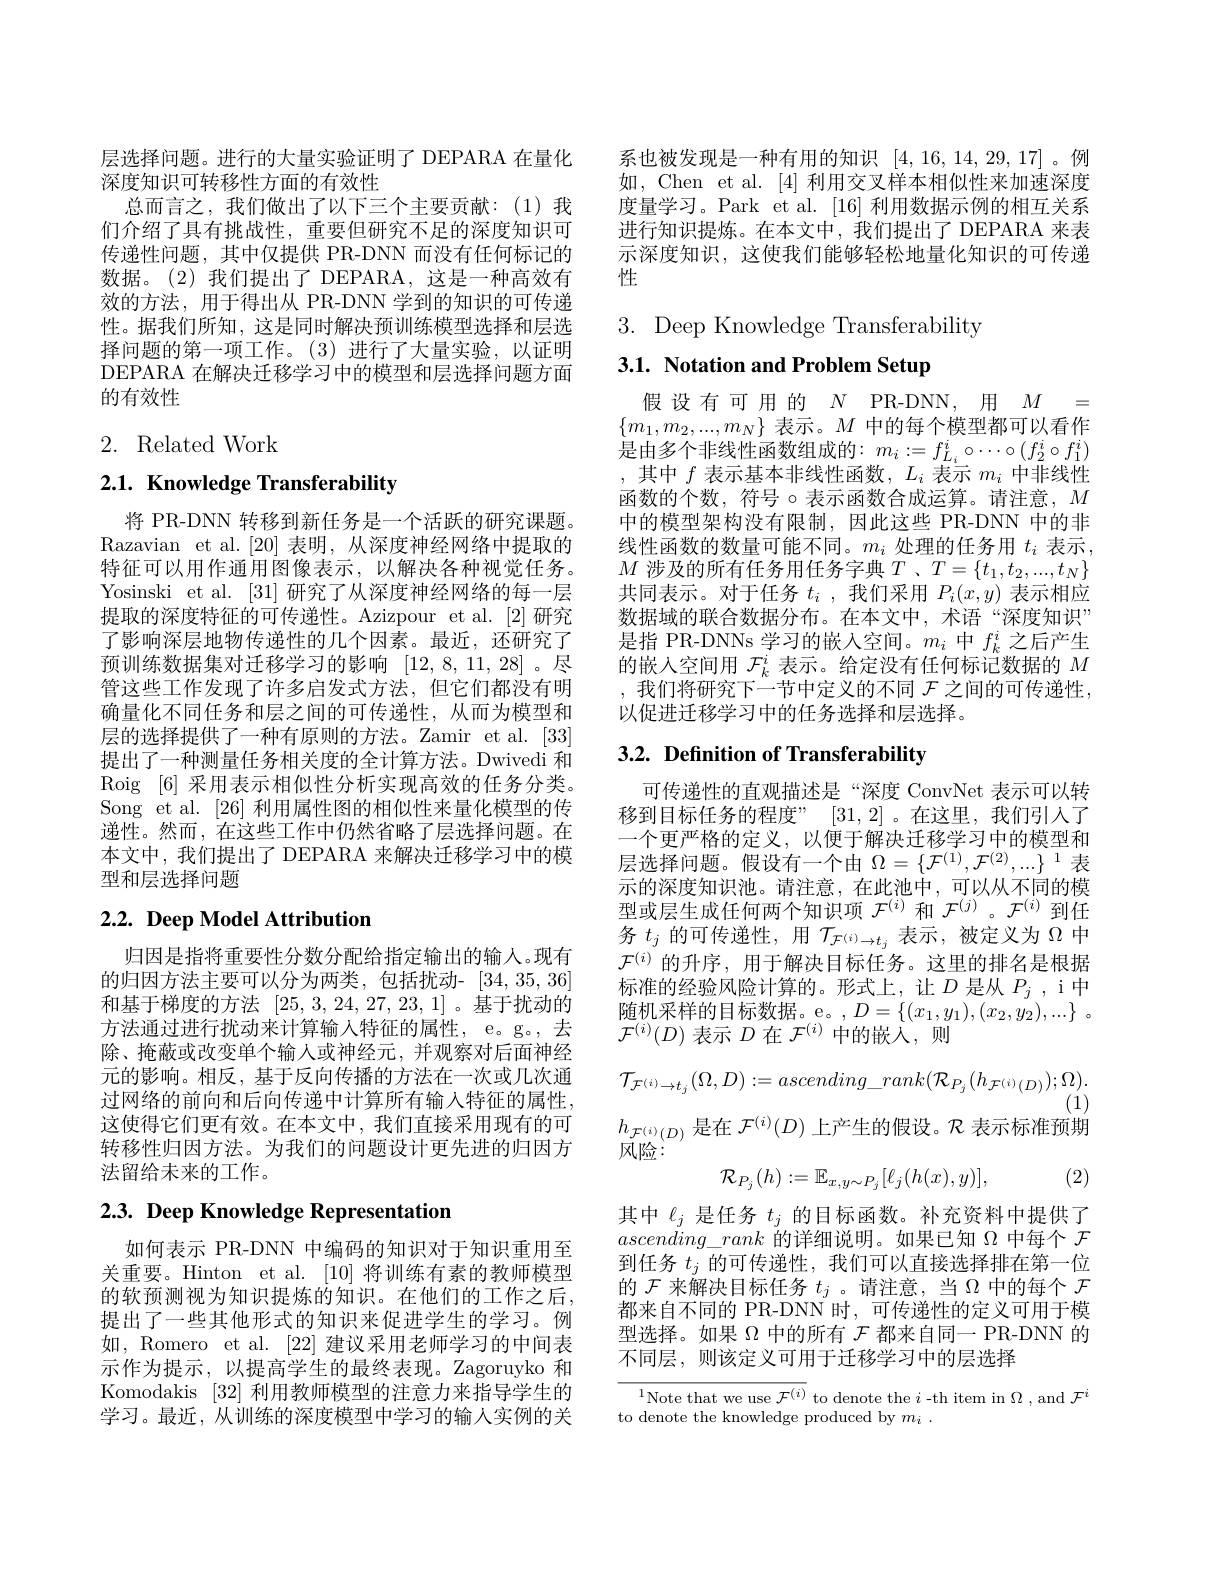
层选择问题。进行的大量实验证明了 DEPARA 在量化
深度知识可转移性方面的有效性
总而言之，我们做出了以下三个主要贡献：(1)我们介绍了具有挑战性，重要但研究不足的深度知识可传递性问题，其中仅提供 PR-DNN 而没有任何标记的数据。(2)我们提出了 DEPARA,这是一种高效有效的方法，用于得出从 PR-DNN 学到的知识的可传递性。据我们所知，这是同时解决预训练模型选择和层选择问题的第一项工作。(3)进行了大量实验，以证明DEPARA 在解决迁移学习中的模型和层选择问题方面的有效性

2. Related Work

$2. 1. \textbf{ Knowledge Transferability}$

将 PR-DNN 转移到新任务是一个活跃的研究课题。Razavian et al.[20] 表明，从深度神经网络中提取的特征可以用作通用图像表示，以解决各种视觉任务。Yosinski et al. [31] 研究了从深度神经网络的每一层提取的深度特征的可传递性。Azizpour et al.[2]研究了影响深层地物传递性的几个因素。最近，还研究了预训练数据集对迁移学习的影响[12,8,11,28] 。尽管这些工作发现了许多启发式方法，但它们都没有明确量化不同任务和层之间的可传递性，从而为模型和层的选择提供了一种有原则的方法。Zamir et al.[33] 提出了一种测量任务相关度的全计算方法。Dwivedi 和Roig [6]采用表示相似性分析实现高效的任务分类。Song et al. [26]利用属性图的相似性来量化模型的传递性。然而，在这些工作中仍然省略了层选择问题。在本文中，我们提出了 DEPARA 来解决迁移学习中的模型和层选择问题

# 2.2. Deep Model Attribution

归因是指将重要性分数分配给指定输出的输入。现有的归因方法主要可以分为两类，包括扰动-[34,35,36] 和基于梯度的方法 [25,3,24,27,23,1]。基于扰动的方法通过进行扰动来计算输入特征的属性，e。g。,去除、掩蔽或改变单个输入或神经元，并观察对后面神经元的影响。相反，基于反向传播的方法在一次或几次通过网络的前向和后向传递中计算所有输入特征的属性， 这使得它们更有效。在本文中，我们直接采用现有的可转移性归因方法。为我们的问题设计更先进的归因方法留给未来的工作。

# 2.3. Deep Knowledge Representation

如何表示 PR-DNN 中编码的知识对于知识重用至关重要。Hinton et al. [10]将训练有素的教师模型的软预测视为知识提炼的知识。在他们的工作之后， 提出了一些其他形式的知识来促进学生的学习。例如，Romero et al. [22] 建议采用老师学习的中间表示作为提示，以提高学生的最终表现。Zagoruyko 和Komodakis [32]利用教师模型的注意力来指导学生的学习。最近，从训练的深度模型中学习的输人实例的关

系也被发现是一种有用的知识[4,16,14,29,17]。例如，Chen et al. [4]利用交叉样本相似性来加速深度度量学习。Park et al. [16] 利用数据示例的相互关系进行知识提炼。在本文中，我们提出了 DEPARA 来表示深度知识，这使我们能够轻松地量化知识的可传递性

3. Deep Knowledge Transferability
3.1. Notation and Problem Setup

假设有可用的$N$ PR-DNN, 用$M$ = $\{m_{1},m_{2},...,m_{N}\}$表示。$M$中的每个模型都可以看作是由多个非线性函数组成的：$m_i:=f_{L_i}^i\circ\cdots\circ(f_2^i\circ f_1^i)$ ,其中$f$表示基本非线性函数$,L_i$表示$m_i$中非线性函数的个数，符号 $\circ$表示函数合成运算。请注意，$M$ 中的模型架构没有限制，因此这些 PR-DNN 中的非线性函数的数量可能不同。$m_i$处理的任务用$t_i$表示， $M$涉及的所有任务用任务字典$T$ 、$T=\{t_1,t_2,...,t_N\}$ 共同表示。对于任务$t_i$ ,我们采用$P_i(x,y)$表示相应数据域的联合数据分布。在本文中，术语“深度知识” 是指 PR-DNNs 学习的嵌入空间。$m_i$中$f_k^i$之后产生的嵌入空间用$\mathcal{F}_k^i$表示。给定没有任何标记数据的$M$ ,我们将研究下一节中定义的不同$\mathcal{F}$之间的可传递性， 以促进迁移学习中的任务选择和层选择。

# 3.2. Definition of Transferability

可传递性的直观描述是“深度 ConvNet 表示可以转移到目标任务的程度” [31,2] 。在这里，我们引入了一个更严格的定义，以便于解决迁移学习中的模型和层选择问题。假设有一个由$\Omega=\{\mathcal{F}^(1),\mathcal{F}^{(2)},...\}^1$表示的深度知识池。请注意，在此池中，可以从不同的模型或层生成任何两个知识项$\mathcal{F}^(i)$和$\mathcal{F}^{(j)}$。$\mathcal{F}^{(i)}$到任务$t_j$的可传递性，用$\mathcal{T}_\mathcal{F}^{(i)}\to t_j$表示，被定义为$\Omega$中$\mathcal{F}^{(i)}$的升序，用于解决目标任务。这里的排名是根据标准的经验风险计算的。形式上，让$D$ 是从 $P_j$, i中随机采样的目标数据。e。,$D=\{(x_1,y_1),(x_2,\dot{y_2}),...\}~$。$\mathcal{F}^{(i)}(D)$表示$D$在$\mathcal{F}^(i)$中的嵌入，则
$$\mathcal{T}_{\mathcal{F}^{(i)}\to t_{j}}(\Omega,D):=ascending_rank(\mathcal{R}_{P_{j}}(h_{\mathcal{F}^{(i)}(D)});\Omega).$$
(1)
$h_{\mathcal{F}^{(i)}(D)}$是在$\mathcal{F}^{(i)}(D)$上产生的假设。$\mathcal{R}$表示标准预期
风险：
(2)
$$\mathcal R_{P_j}(h):=\mathbb E_{x,y\sim P_j}[\ell_j(h(x),y)],$$
其中$\ell_j$是任务$t_j$的目标函数。补充资料中提供了$ascending\_rank$的详细说明。如果已知$\Omega$中每个$\mathcal{F}$ 到任务$t_j$的可传递性，我们可以直接选择排在第一位的$\mathcal{F}$来解决目标任务$t_j$ 。请注意，当$\Omega$中的每个$\mathcal{F}$ 都来自不同的 PR-DNN 时，可传递性的定义可用于模型选择。如果$\Omega$中的所有$\mathcal{F}$都来自同一 PR-DNN 的不同层，则该定义可用于迁移学习中的层选择

$^{1}$Note that we use $\mathcal{F}^(i)$ to denote the $i$ -th item in $\Omega$ , and $\mathcal{F}^i$
to denote the knowledge produced by $m_i$ .